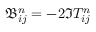
\mathfrak { B } _ { i j } ^ { n } = - 2 \Im T _ { i j } ^ { n }